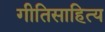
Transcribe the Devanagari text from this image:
गीतिसाहित्य